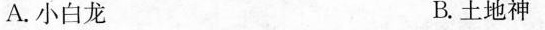
A.小白龙 B.土地神